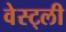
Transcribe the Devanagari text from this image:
वेस्ट्ली